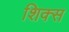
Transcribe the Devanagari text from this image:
शिक्स